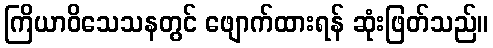
ကြိယာဝိသေသနတွင် ဖျောက်ထားရန် ဆုံးဖြတ်သည်။